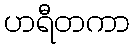
ဟရီတကာ